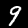
Digit: 9